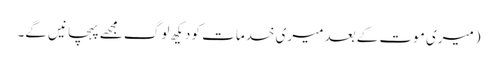
(میری موت کے بعد میری خدمات کو دیکھ لوگ مجھے پہچانیں گے۔